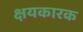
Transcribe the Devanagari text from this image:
क्षयकारक